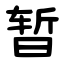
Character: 暂